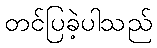
တင်ပြခဲ့ပါသည်